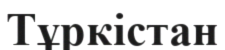
Тұркістан